Report on horse surra - Volume I
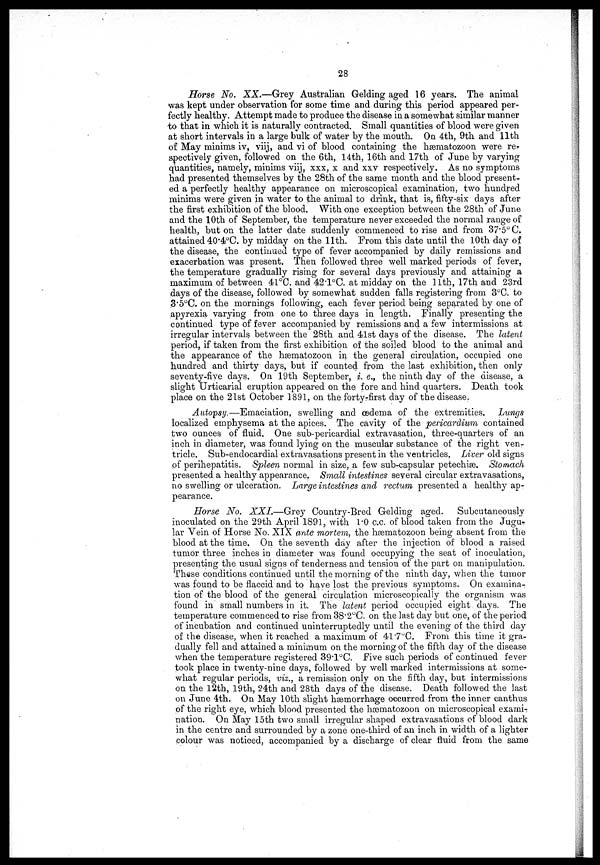
28
Horse No. XX.—Grey Australian Gelding aged 16 years. The animal
was kept under observation for some time and during this period appeared per-
fectly healthy. Attempt made to produce the disease in a somewhat similar manner
to that in which it is naturally contracted. Small quantities of blood were given
at short intervals in a large bulk of water by the mouth. On 4th, 9th and 11th
of May minims iv, viij, and vi of blood containing the hæmatozoon were re-
spectively given, followed on the 6th, 14th, 16th and 17th of June by varying
quantities, namely, minims viij, xxx, x and xxv respectively. As no symptoms
had presented themselves by the 28th of the same month and the blood present-
ed a perfectly healthy appearance on microscopical examination, two hundred
minims were given in water to the animal to drink, that is, fifty-six clays after
the first exhibition of the blood. With one exception between the 28th of June
and the 10th of September, the temperature never exceeded the normal range of
health, but on the latter date suddenly commenced to rise and from 37.5° C.
attained 40.4°C. by midday on the 11th. From this date until the 10th day of
the disease, the continued type of fever accompanied by daily remissions and
exacerbation was present. Then followed three well marked periods of fever,
the temperature gradually rising for several days previously and attaining a
maximum of between 4l°C. and 42.l°C. at midday on the 11th, 17th and 23rd
days of the disease, followed by somewhat sudden falls registering from 3°C. to
3.5°C. on the mornings following, each fever period being separated by one of
apyrexia varying from one to three days in length. finally presenting the
continued type of fever accompanied by remissions and a few intermissions at
irregular intervals between the 28th and 41st clays of the disease. The latent
period, if taken from the first exhibition of the soiled blood to the animal and
the appearance of the hæmatozoon in the general circulation, occupied one
hundred and thirty days, but if counted from the last exhibition„ then only
seventy-five days. On 19th September, i. e., the ninth day of the disease, a
slight Urticarial eruption appeared on the fore and hind quarters. Death took
place on the 21st October 1891, on the forty-first day of the disease.
Autopsy.—Emaciation, swelling and oedema of the extremities. Lungs
localized emphysema at the apices. The cavity of the pericardium contained
two ounces of fluid. One sub-pericardial extravasation, three-quarters of an
inch in diameter, was found lying on the muscular substance of the right ven-
tricle. Sub-enclocardial extravasations present in the ventricles. Liver old signs
of perihepatitis. Spleen normal in size, a few sub-capsular petechiæ. Stomach
presented a healthy appearance. Small intestines several circular extravasations,
no swelling or ulceration. Large intestines and rectum presented a healthy ap-
pearance.
Horse No. XXI.—Grey Country-Bred Gelding aged. Subcutaneously
inoculated on the 29th April 1891, with 1.0 c.c. of blood taken from the Jugu-
lar Vein of Horse No. XIX ante mortem, the hæmatozoon being absent from the
blood at the time. On the seventh day after the injection of blood a raised
tumor three inches in diameter was found occupying the seat of inoculation,
presenting the usual signs of tenderness and tension of the part on manipulation.
These conditions continued until the morning of the ninth day, when the tumor
was found to be flaccid and to have lost the previous symptoms. On examina-
tion of the blood of the general circulation microscopically the organism was
found in small numbers in it. The latent period occupied eight days. The
temperature commenced to rise from 38.2°C. on the last day but one, of the period
of incubation and continued uninterruptedly until the evening of the third day
of the disease, when it reached a maximum of 41.7°C. From this time it gra-
dually fell and attained a minimum on the morning of the fifth day of the disease
when the temperature registered 39.1°C. Five such periods of continued fever
took place in twenty-nine days, followed by well marked intermissions at some-
what regular periods, viz., a remission only on the fifth day, but intermissions
on the 12th, 19th, 24th and 28th days of the disease. Death followed the last
on June 4th. On May 10th slight hæmorrhage occurred from the inner canthus
of the right eye, which blood presented the hæmatozoon on microscopical exami-
nation. On May 15th two small irregular shaped extravasations of blood dark
in the centre and surrounded by a zone one-third of an inch in width of a lighter
colour was noticed, accompanied by a discharge of clear fluid from the same